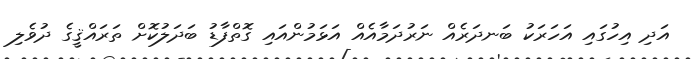
އަދި އިހުގައި އަހަރަކު ބަނދަރެއް ނަރުދަމާއެއް އަޅަމުންއައި ގޮތްފާޑު ބަދަލުކޮށް ތަރައްޤީގެ ދުވެލި